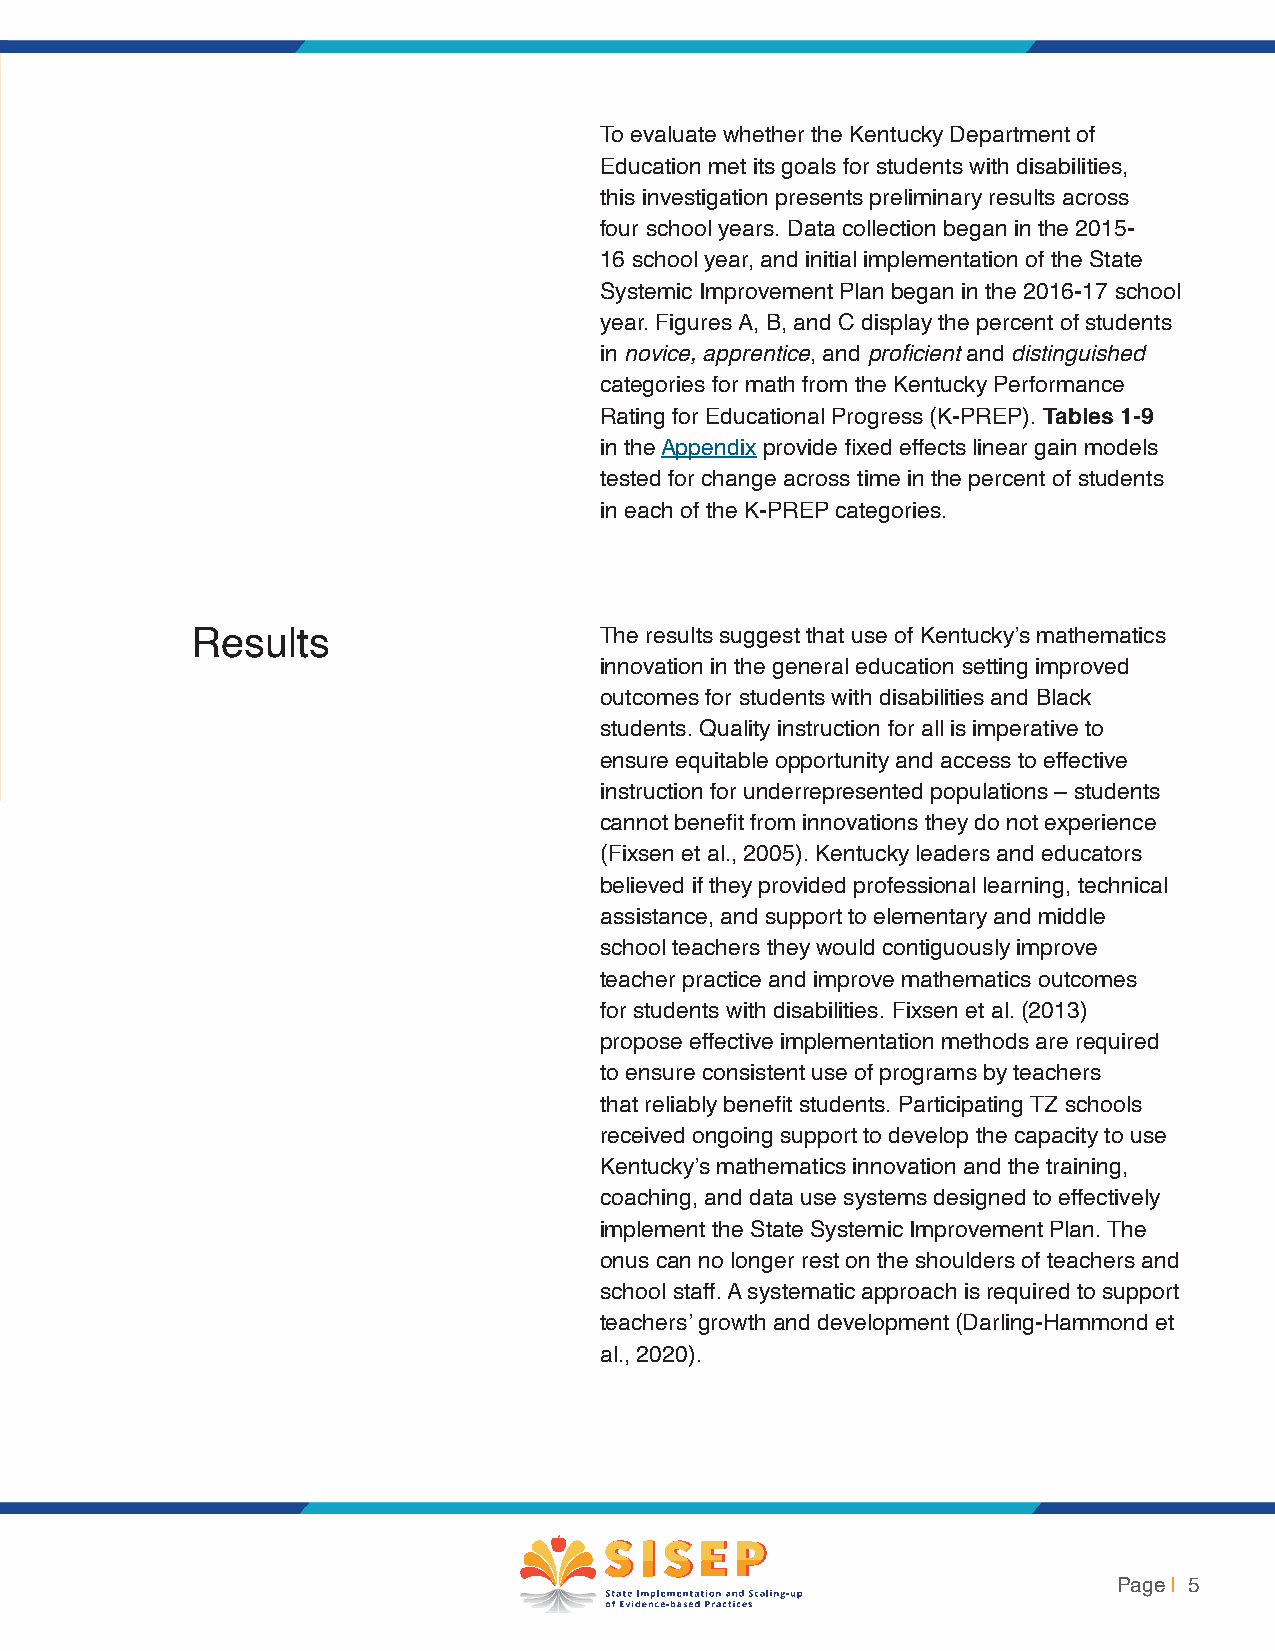
To evaluate whether the Kentucky Department of
 Education met its goals for students with disabilities,
 this investigation presents preliminary results across
 four school years. Data collection began in the 2015-
 16 school year, and initial implementation of the State
 Systemic Improvement Plan began in the 2016-17 school
 year. Figures A, B, and C display the percent of students
 in novice, apprentice, and proficient and distinguished
 categories for math from the Kentucky Performance
 Rating for Educational Progress (K-PREP). Tables 1-9
 in the Appendix provide fixed effects linear gain models
 tested for change across time in the percent of students
 in each of the K-PREP categories.
 Results                    The results suggest that use of Kentucky’s mathematics
 innovation in the general education setting improved
 outcomes for students with disabilities and Black
 students. Quality instruction for all is imperative to
 ensure equitable opportunity and access to effective
 instruction for underrepresented populations – students
 cannot benefit from innovations they do not experience
 (Fixsen et al., 2005). Kentucky leaders and educators
 believed if they provided professional learning, technical
 assistance, and support to elementary and middle
 school teachers they would contiguously improve
 teacher practice and improve mathematics outcomes
 for students with disabilities. Fixsen et al. (2013)
 propose effective implementation methods are required
 to ensure consistent use of programs by teachers
 that reliably benefit students. Participating TZ schools
 received ongoing support to develop the capacity to use
 Kentucky’s mathematics innovation and the training,
 coaching, and data use systems designed to effectively
 implement the State Systemic Improvement Plan. The
 onus can no longer rest on the shoulders of teachers and
 school staff. A systematic approach is required to support
 teachers’ growth and development (Darling-Hammond et
 al., 2020).
 Page | 5